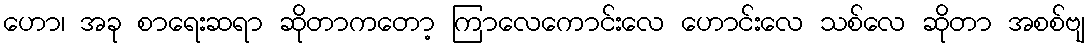
ဟော၊ အခု စာရေးဆရာ ဆိုတာကတော့ ကြာလေကောင်းလေ ဟောင်းလေ သစ်လေ ဆိုတာ အစစ်ဗျ